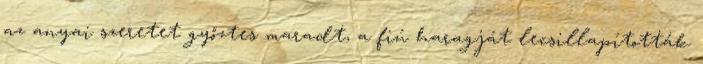
az anyai szeretet győztes maradt, a fiú haragját lecsillapították